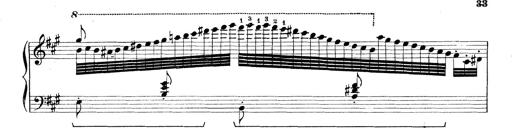
Title: Rapsodie: 19 ungheresi, 1 spagnuola
Composer: Franz Liszt